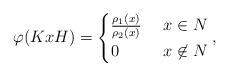
LaTeX: \begin{align*}\varphi(KxH)=\begin{cases}\frac{\rho_1(x)}{\rho_2(x)} & \ x \in N \\0 & \ x \not\in N\end{cases},\end{align*}